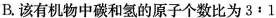
B.该有机物中碳和氢的原子个数比为3：1